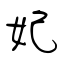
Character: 妃